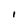
Character: I